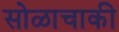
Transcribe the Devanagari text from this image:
सोळाचाकी